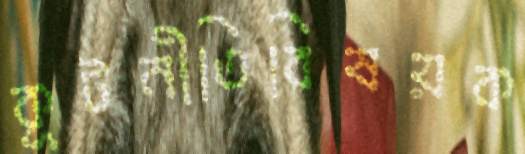
কূটনীতিবিষয়ক